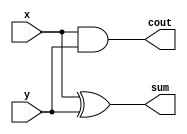
`timescale 1ns / 1ps

module ha(x, y, sum, cout);
	input x;
	input y;
	output sum;
	output cout;
	
	assign sum=x^y;
	assign cout=x&y;

endmodule